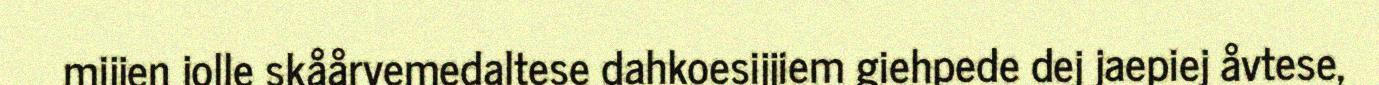
mijjen jolle skåårvemedaltese dahkoesijjiem giehpede dej jaepiej åvtese,